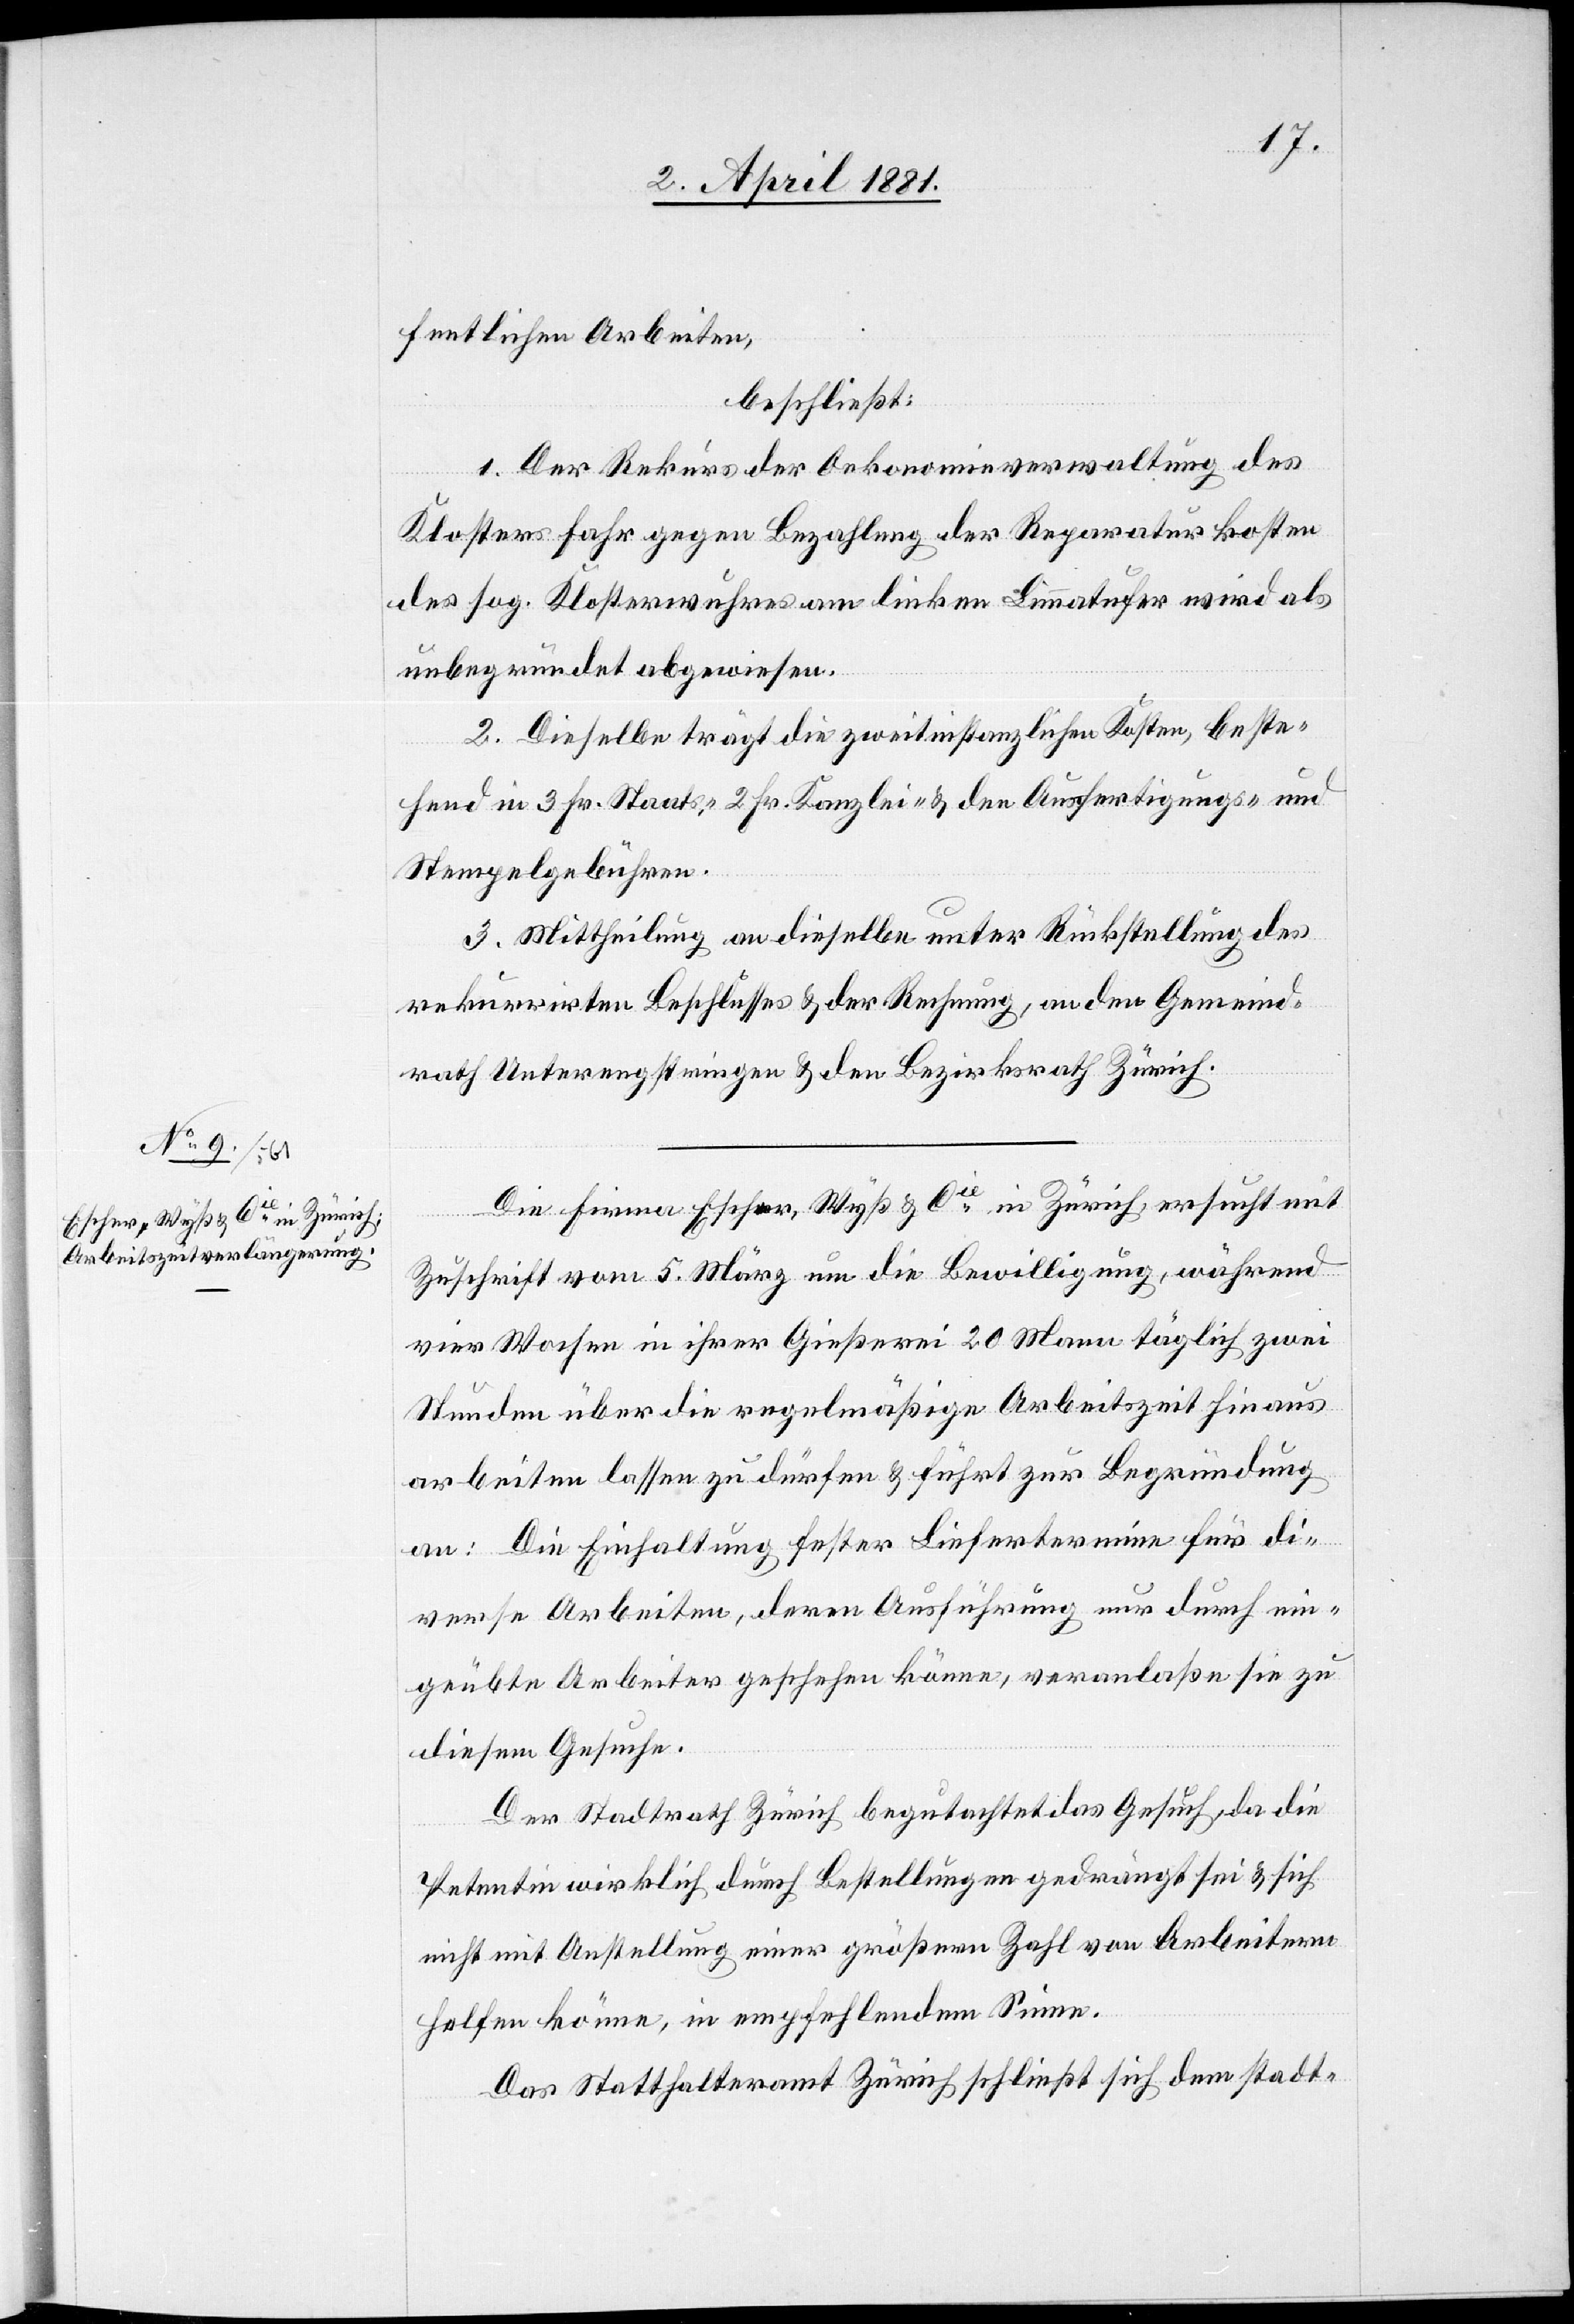
fentlichen Arbeiten,
beschließt:
1. Der Rekurs der Oekonomieverwaltung des
Klosters Fahr gegen Bezahlung der Reparaturkosten
des sog. Klosterwuhres am linken Limmatufer wird als
unbegründet abgewiesen.
2. Dieselbe trägt die zweitinstanzlichen Kosten, beste¬
hend in 3 Fr. Staats-, 2 Fr. Kanzlei- & den Ausfertigungs- und
Stempelgebühren.
3. Mittheilung an dieselbe unter Rückstellung des
rekurrirten Beschlusses & der Rechnung, an den Gemeind¬
rath Unterengstringen & den Bezirksrath Zürich.
Die Firmen Escher, Wyß & Cie in Zürich ersucht mit
Zuschrift vom 5. März um die Bewilligung, während
vier Wochen in ihrer Gießerei 20 Mann täglich zwei
Stunden über die regelmäßige Arbeitszeit hinaus
arbeiten lassen zu dürfen & führt zur Begründung
an: Die Einhaltung fester Liefertermine für di¬
verse Arbeiten, deren Ausführung nur durch ein¬
geübte Arbeiter geschehen könne, veranlaße sie zu
diesem Gesuche.
Der Stadtrath Zürich begutachtet das Gesuch, da die
Petentin wirklich durch Bestellungen gedrängt sei & sich
nicht mit Anstellung einer größern Zahl von Arbeitern
helfen könne, in empfehlendem Sinne.
Das Statthalteramt Zürich schließt sich dem stadt-